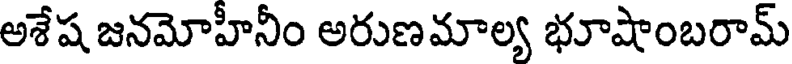
అశేష జనమోహీనీం అరుణమాల్య భూషాంబరామ్